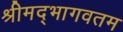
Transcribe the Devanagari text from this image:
श्रीमद्भागवतम